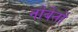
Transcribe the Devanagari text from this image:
नोर्बेर्तो